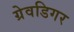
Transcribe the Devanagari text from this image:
ग्रेवडिगर